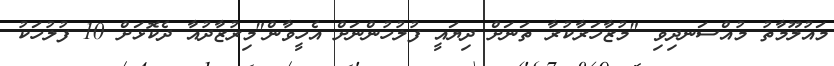
މައުލޫމާތު މުއްސަނދިވި "މުޒާހަރާކުރާ ތަނަށް ދިޔައީ ފުލުހުންނަށް އެހީވާން"މިރުޒާދުއާ ދެކޮޅަށް 10 ފުލުހަކު